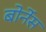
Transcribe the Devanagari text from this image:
बोर्नेस